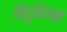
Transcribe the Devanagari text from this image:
बिटुरिजस